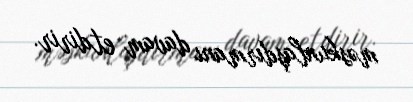
məskunlaşdırmanı davam etdirir.